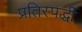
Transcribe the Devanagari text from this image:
प्रतिस्पर्द्धी